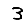
Digit: 3